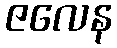
ဇလေန